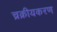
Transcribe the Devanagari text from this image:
च्रक्रीयकरण